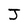
Character: J